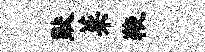
默菜鞭